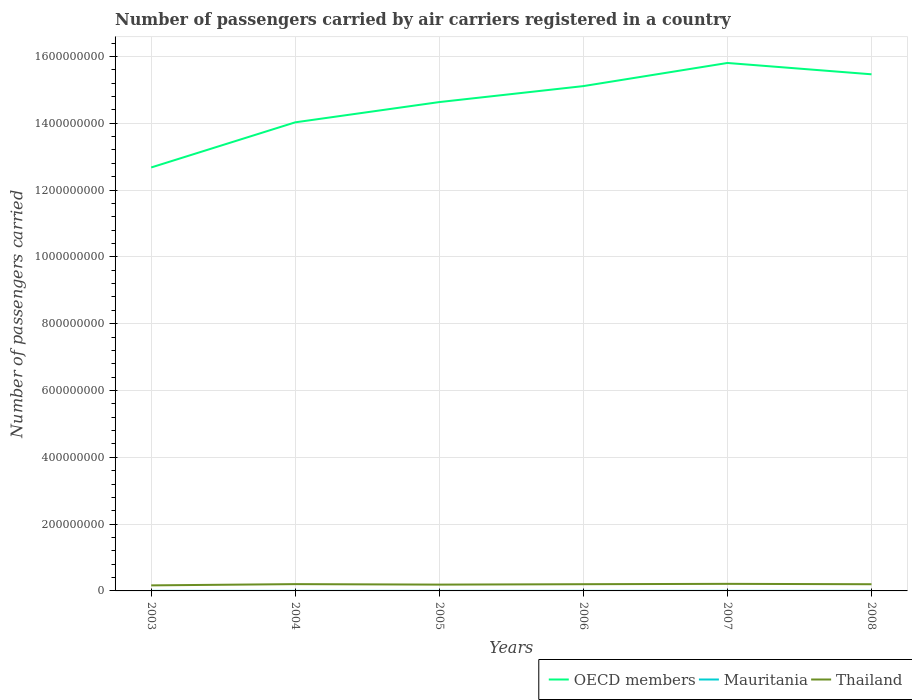
| Years | OECD members | Mauritania | Thailand |
 | --- | --- | --- | --- |
 | 2003 | 1.27e+09 | 1.16e+05 | 1.66e+07 |
 | 2004 | 1.4e+09 | 1.28e+05 | 2.03e+07 |
 | 2005 | 1.46e+09 | 1.39e+05 | 1.89e+07 |
 | 2006 | 1.51e+09 | 1.49e+05 | 2.01e+07 |
 | 2007 | 1.58e+09 | 1.55e+05 | 2.12e+07 |
 | 2008 | 1.55e+09 | 1.54e+05 | 2e+07 |